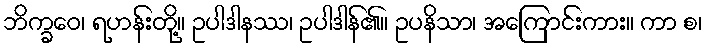
ဘိက္ခဝေ၊ ရဟန်းတို့။ ဥပါဒါနဿ၊ ဥပါဒါန်၏။ ဥပနိသာ၊ အကြောင်းကား။ ကာ စ၊